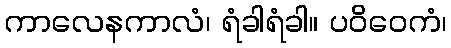
ကာလေနကာလံ၊ ရံခါရံခါ။ ပဝိဝေကံ၊